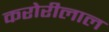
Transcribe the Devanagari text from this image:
करोरीलाल